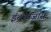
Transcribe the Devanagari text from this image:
इंद्रध्वजास